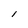
Character: l